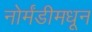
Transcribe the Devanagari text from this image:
नोर्मंडीमधून